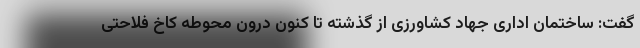
گفت: ساختمان اداری جهاد کشاورزی از گذشته تا کنون درون محوطه کاخ فلاحتی